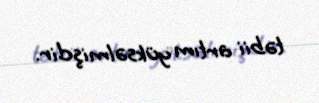
təbii artım yüksəlmişdir.